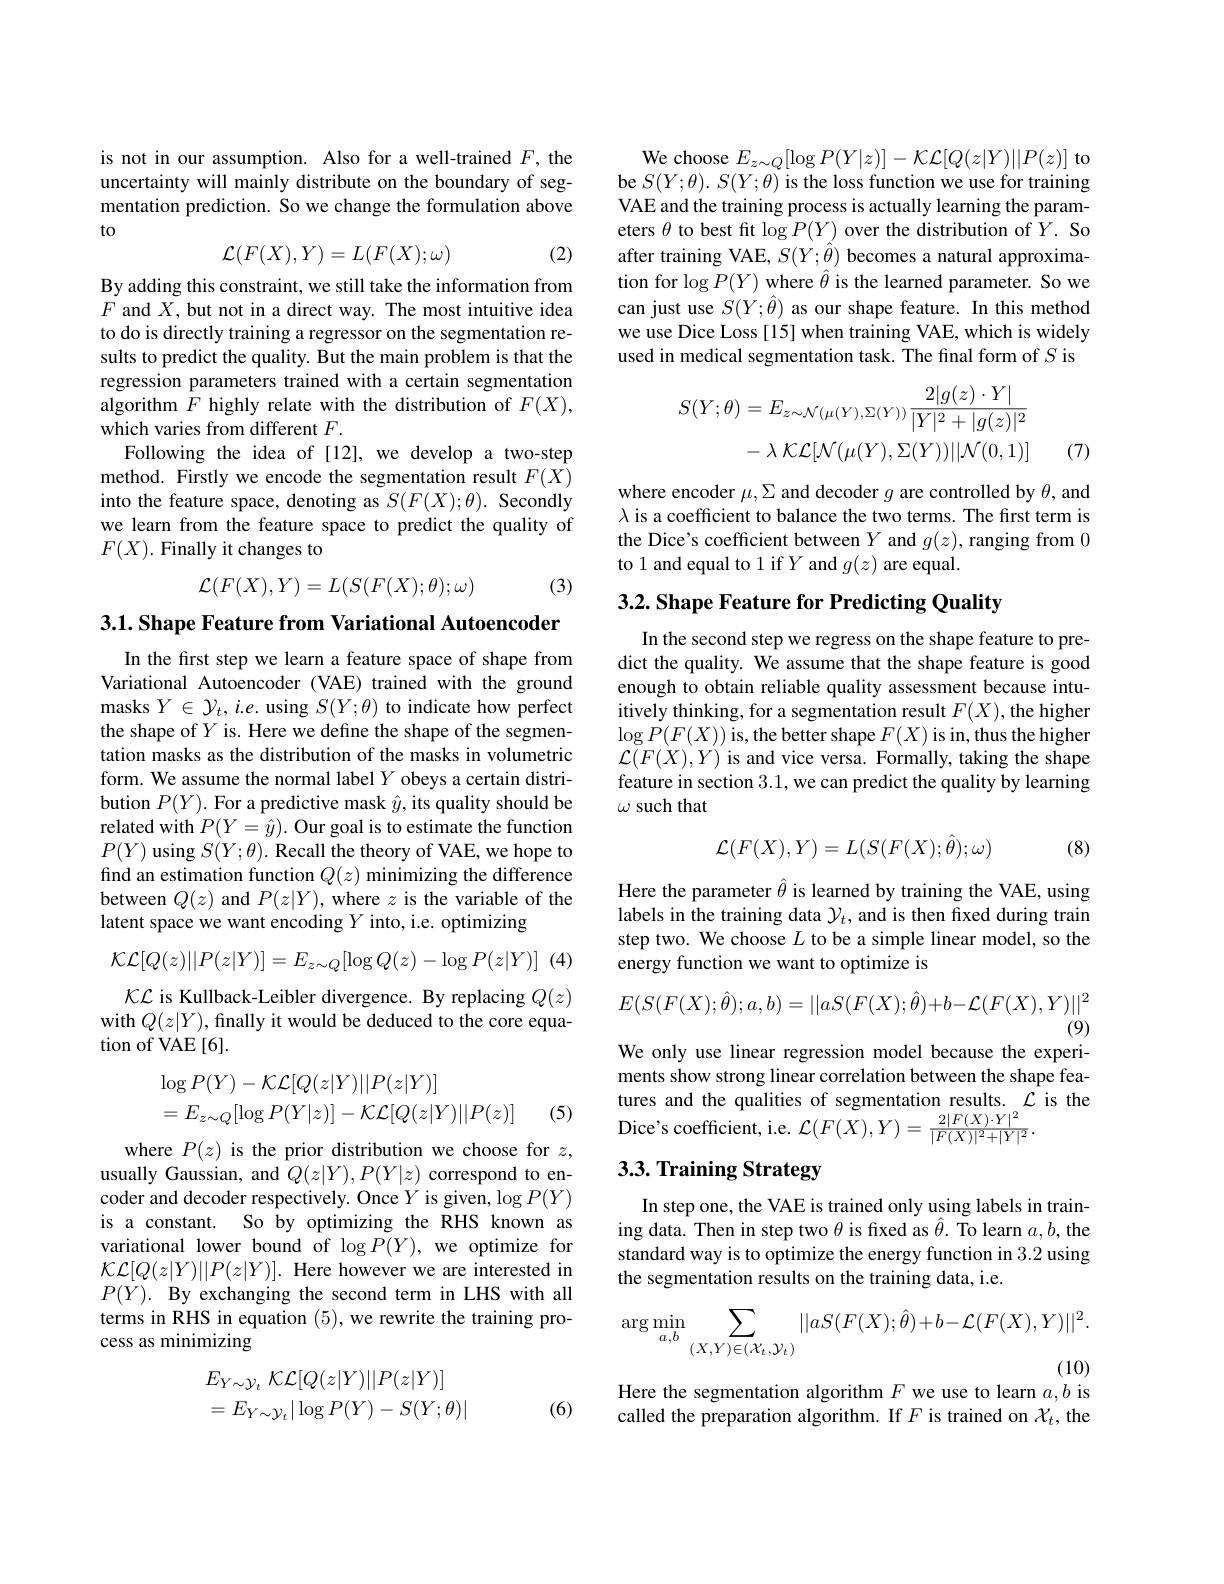
is not in our assumption. Also for a well-trained $F$, the uncertainty will mainly distribute on the boundary of segmentation prediction. So we change the formulation above to

(2)
$$\mathcal{L}(F(X),Y)=L(F(X);\omega)$$
By adding this constraint, we still take the information from $F$ and $X$, but not in a direct way. The most intuitive idea to do is directly training a regressor on the segmentation results to predict the quality. But the main problem is that the regression parameters trained with a certain segmentation algorithm $F$ highly relate with the distribution of $F(X)$, which varies from different $F.$
Following the idea of [12], we develop a two-step method. Firstly we encode the segmentation result $F(X)$ into the feature space, denoting as $S(F(X);\theta).$ Secondly we learn from the feature space to predict the quality of $F(X).$ Finally it changes to
$$\mathcal{L}(F(X),Y)=L(S(F(X);\theta);\omega)$$
(3)

3.1. Shape Feature from Variational Autoencoder

In the first step we learn a feature space of shape from Variational Autoencoder (VAE) trained with the ground masks $Y\in\mathcal{Y}_t,i.e.$ using $S(Y;\theta)$ to indicate how perfect the shape of $Y$ is. Here we define the shape of the segmentation masks as the distribution of the masks in volumetric form. We assume the normal label $Y$ obeys a certain distribution $P(Y).$ For a predictive mask $\hat{y}$, its quality should be related with $P(Y=\hat{y}).$ Our goal is to estimate the function $P(Y)$ using $S( Y; \theta ) . \textbf{Recall the theory of VAE, we hope to}$ find an estimation function $Q(z)$ minimizing the difference between $Q(z)$ and $P(z|Y)$, where $z$ is the variable of the latent space we want encoding $Y$ into, i.e. optimizing

(4)
$$\mathcal{KL}[Q(z)||P(z|Y)]=E_{z\sim Q}[\log Q(z)-\log P(z|Y)]$$
$\mathcal{KL}$ is Kullback-Leibler divergence. By replacing $Q(z)$ with $Q(z|Y)$, finally it would be deduced to the core equation of VAE [6].
$$\begin{aligned}&\log P(Y)-\mathcal{KL}[Q(z|Y)||P(z|Y)]\\&=E_{z\sim Q}[\log P(Y|z)]-\mathcal{KL}[Q(z|Y)||P(z)]\end{aligned}$$
(5)

where $P(z)$ is the prior distribution we choose for $z$, usually Gaussian, and $Q(z|Y),P(Y|z)$ correspond to encoder and decoder respectively. Once $Y$ is given, $\log P(Y)$ is a constant. So by optimizing the RHS known as variational lower bound of $\log P(Y)$, we optimize for $\mathcal{K}\mathcal{L}[Q(z|Y)||P(z|Y)].$ Here however we are interested in $P( \dot{Y} ) . \textbf{By exchanging the second term in LHS with all}$ terms in RHS in equation (5), we rewrite the training process as minimizing
$$\begin{array}{l}E_{Y\sim\mathcal{Y}_t}\:\mathcal{KL}[Q(z|Y)||P(z|Y)]\\=E_{Y\sim\mathcal{Y}_t}|\log P(Y)-S(Y;\theta)|\end{array}$$
(6)

We choose $E_z\sim Q[\log P(Y|z)]-\mathcal{KL}[Q(z|Y)||P(z)]$ to be $S(Y;\theta).S(Y;\theta)$ is the loss function we use for training VAE and the training process is actually learning the parameters $\theta$ to best fit $\log P(Y)$ over the distribution of $Y.$ So after training VAE, $S(Y;\hat{\theta})$ becomes a natural approximation for $\log P(Y)$ where $\hat\theta$ is the learned parameter. So we can just use $S(Y;\hat{\theta})$ as our shape feature. In this method we use Dice Loss [15] when training VAE, which is widely used in medical segmentation task. The final form of $S$ is
$$\begin{aligned}S(Y;\theta)&=E_{z\sim\mathcal{N}(\mu(Y),\Sigma(Y))}\frac{2|g(z)\cdot Y|}{|Y|^{2}+|g(z)|^{2}}\\&-\lambda\:\mathcal{KL}[\mathcal{N}(\mu(Y),\Sigma(Y))||\mathcal{N}(0,1)]\end{aligned}$$
(7)

where encoder $\mu,\Sigma$ and decoder $g$ are controlled by $\theta$,and $\lambda is a coefficient to balance the two terms. The first term is$ the Dice's coefficient between $Y$ and $g(z)$, ranging from 0 to 1 and equal to 1 if $Y$ and $g(z)$ are equal.

3.2. Shape Feature for Predicting Quality

In the second step we regress on the shape feature to predict the quality. We assume that the shape feature is good enough to obtain reliable quality assessment because intuitively thinking, for a segmentation result $F(X)$, the higher $\log P(F(X))$is,the better shape $F(X)$ is in, thus the higher $\mathcal{L}(F(X),Y)$ is and vice versa. Formally, taking the shape feature in section 3.1,we can predict the quality by learning $\omega$ such that

(8)
$$\mathcal{L}(F(X),Y)=L(S(F(X);\hat{\theta});\omega)$$
Here the parameter $\hat{\theta}$ is learned by training the VAE, using labels in the training data $\mathcal{Y}_t$, and is then fixed during train step two. We choose $L$ to be a simple linear model, so the energy function we want to optimize is
$$E(S(F(X);\hat{\theta});a,b)=||aS(F(X);\hat{\theta})+b-\mathcal{L}(F(X),Y)||^{2}$$
(9)
We only use linear regression model because the experi-

ments show strong linear correlation between the shape features and the qualities of segmentation results. $\mathcal{L}$ is the Dice's coefficient, i.e. $\mathcal{L}(F(X),Y)=\frac{2|F(X)\cdot Y|^{2}}{|F(X)|^{2}+|Y|^{2}}.$

## 3.3. Training Strategy

In step one, the VAE is trained only using labels in training data. Then in step two $\theta$ is fixed as $\hat{\theta}.$ To learn $a,b$,the standard way is to optimize the energy function in 3.2 using the segmentation results on the training data, i.e.
$$\arg\min_{a,b}\sum_{(X,Y)\in(\mathcal{X}_{t},\mathcal{Y}_{t})}||aS(F(X);\hat{\theta})+b-\mathcal{L}(F(X),Y)||^{2}.$$
Here the segmentation algorithm $F$ we use to learn $a,b$ is

called the preparation algorithm. If $F$ is trained on $\mathcal{X}_t$, the